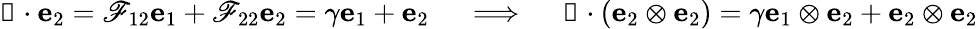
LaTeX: {\boldsymbol{\mathscr{F}}}\cdot\mathbf{{e}}_{2}=\mathscr{F}_{12}\mathbf{{e}}_{1}+\mathscr{F}_{22}\mathbf{{e}}_{2}=\gamma\mathbf{{e}}_{1}+\mathbf{{e}}_{2}\quad\implies\quad{\boldsymbol{\mathscr{F}}}\cdot(\mathbf{{e}}_{2}\otimes\mathbf{{e}}_{2})=\gamma\mathbf{{e}}_{1}\otimes\mathbf{{e}}_{2}+\mathbf{{e}}_{2}\otimes\mathbf{{e}}_{2}